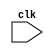
module little (
   input clk
            );
   reg [0:7] i8; initial i8 = '0;
   reg [1:49] i48; initial i48 = '0;
   reg [63:190] i128; initial i128 = '0;
   always @ (posedge clk) begin
      i8 <= ~i8;
      i48 <= ~i48;
      i128 <= ~i128;
   end
endmodule